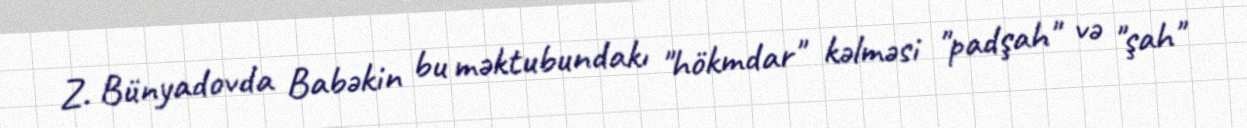
Z. Bünyadovda Babəkin bu məktubundakı "hökmdar" kəlməsi "padşah" və "şah"